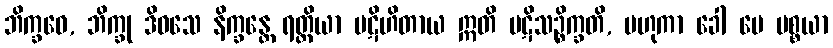
ဘိက္ခဝေ, ဘိက္ခု ဒိဝသေ နိက္ခန္တေ ရတ္တိယာ ပဋိဟိတာယ ဣတိ ပဋိသဉ္စိက္ခတိ, ဗဟုကာ ခေါ မေ ပစ္စယာ